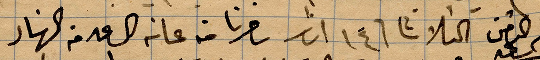
يوم الثامن الثلاثا في ١٤ اذاؤ سافرنا من عانة الساعة ١ من النهار